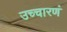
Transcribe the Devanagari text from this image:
उच्चारणं